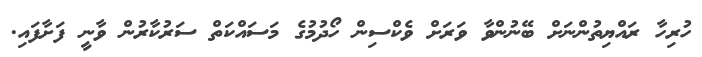
ހުރިހާ ރައްޔިތުންނަށް ބޭނުންވާ ވަރަށް ވެކްސިން ހޯދުމުގެ މަސައްކަތް ސަރުކާރުން ވާނީ ފަށާފައި.